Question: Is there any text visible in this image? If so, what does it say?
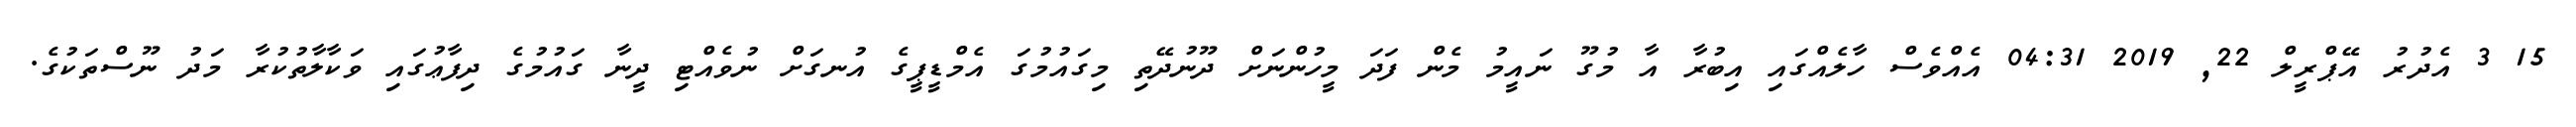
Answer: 15 3 އެދުރު އޭޕްރީލް 22, 2019 04:31 އެއްވެސް ހާލެއްގައި އިބުރާ އާ މުގޫ ނައީމު މެން ފަދަ މީހުންނަށް ދޫނުދޭތި މިގައުމުގަ އެމްޑީޕީގެ އުނގަށް ނުވެއްޓި ދީނާ ގައުމުގެ ދިފާޢުގައި ވަކާލާތުކުރާ މަދު ނޫސްތަކުގެ.